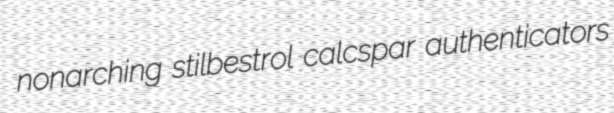
nonarching stilbestrol calcspar authenticators